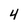
Character: 4